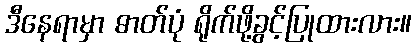
ဒီနေရာမှာ ဓာတ်ပုံ ရိုက်ဖို့ခွင့်ပြုထားလား။